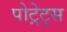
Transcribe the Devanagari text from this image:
पोट्रेट्स